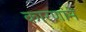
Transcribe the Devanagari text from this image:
कारणांने